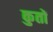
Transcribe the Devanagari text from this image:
कुतों